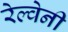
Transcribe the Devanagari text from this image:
रेल्वेनी